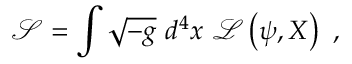
\mathcal { S } = \int \sqrt { - g } \mathrm { ~ } d ^ { 4 } x \mathrm { ~ } \mathcal { L } \left( \psi , X \right) ~ ,